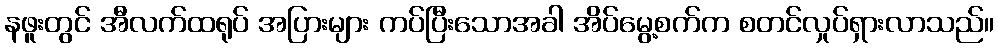
နဖူးတွင် အီလက်ထရုပ် အပြားများ ကပ်ပြီးသောအခါ အိပ်မွေ့စက်က စတင်လှုပ်ရှားလာသည်။